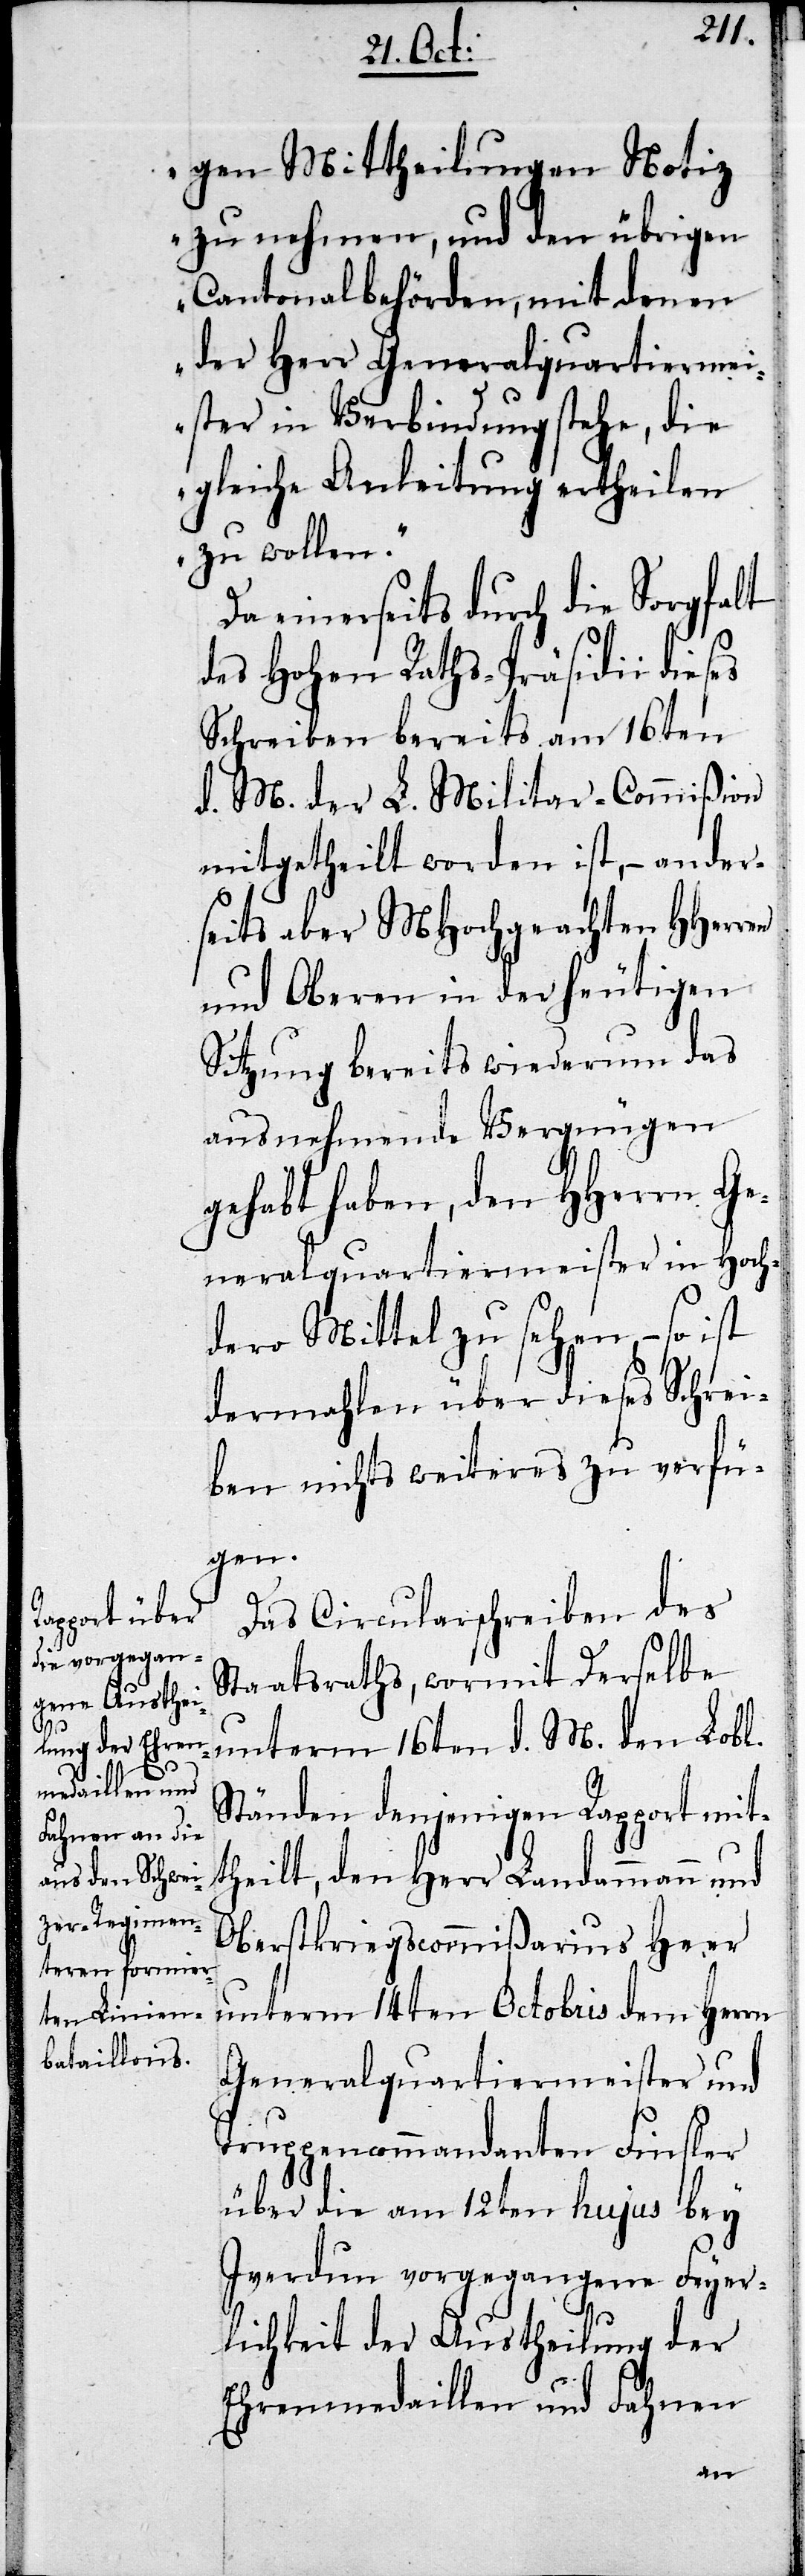
gen Mittheilungen Notiz
zu nehmen, und den übrigen
Cantonalbehörden, mit denen
der Herr Generalquartierme¬
isters in Verbindung stehe, die
gleiche Anleitung ertheilen
zu wollen.“
Da einerseits durch die Sorgfalt
des Hohen Raths-Präsidii dieses
Schreiben bereits am 16ten
d. M. der L. Militar-Commißion
mitgetheilt worden ist, – ander¬
seits aber MHochgeachten HHerren
und Oberen in der heutigen
Sitzung bereits wiederum das
ausnehmende Vergnügen
gehabt haben, den HHerrn Ge¬
neralquartiermeister in Hoch¬
dero Mittel zu sehen, – so
dermahlen über dieses Schrei¬
ben nichts weiteres zu verfü¬
gen.
Das Circularschreiben des
Staatsraths, wormit Derselbe
unterm 16ten d. M. den Lobl.
Ständen denjenigen Rapport mit¬
theilt, den Herr Landammann und
Oberstkriegscommißarius Heer
unterm 14ten Octobris dem Herrn
Generalquartiermeister und
Truppencommandanten Finsler
über die am 12ten hujus bey
Iverdun vorgegangene Feyer¬
lichkeit der Austheilung der
Ehrenmedaillen und Fahnen